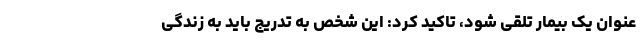
عنوان یک بیمار تلقی شود، تاکید کرد: این شخص به تدریج باید به زندگی